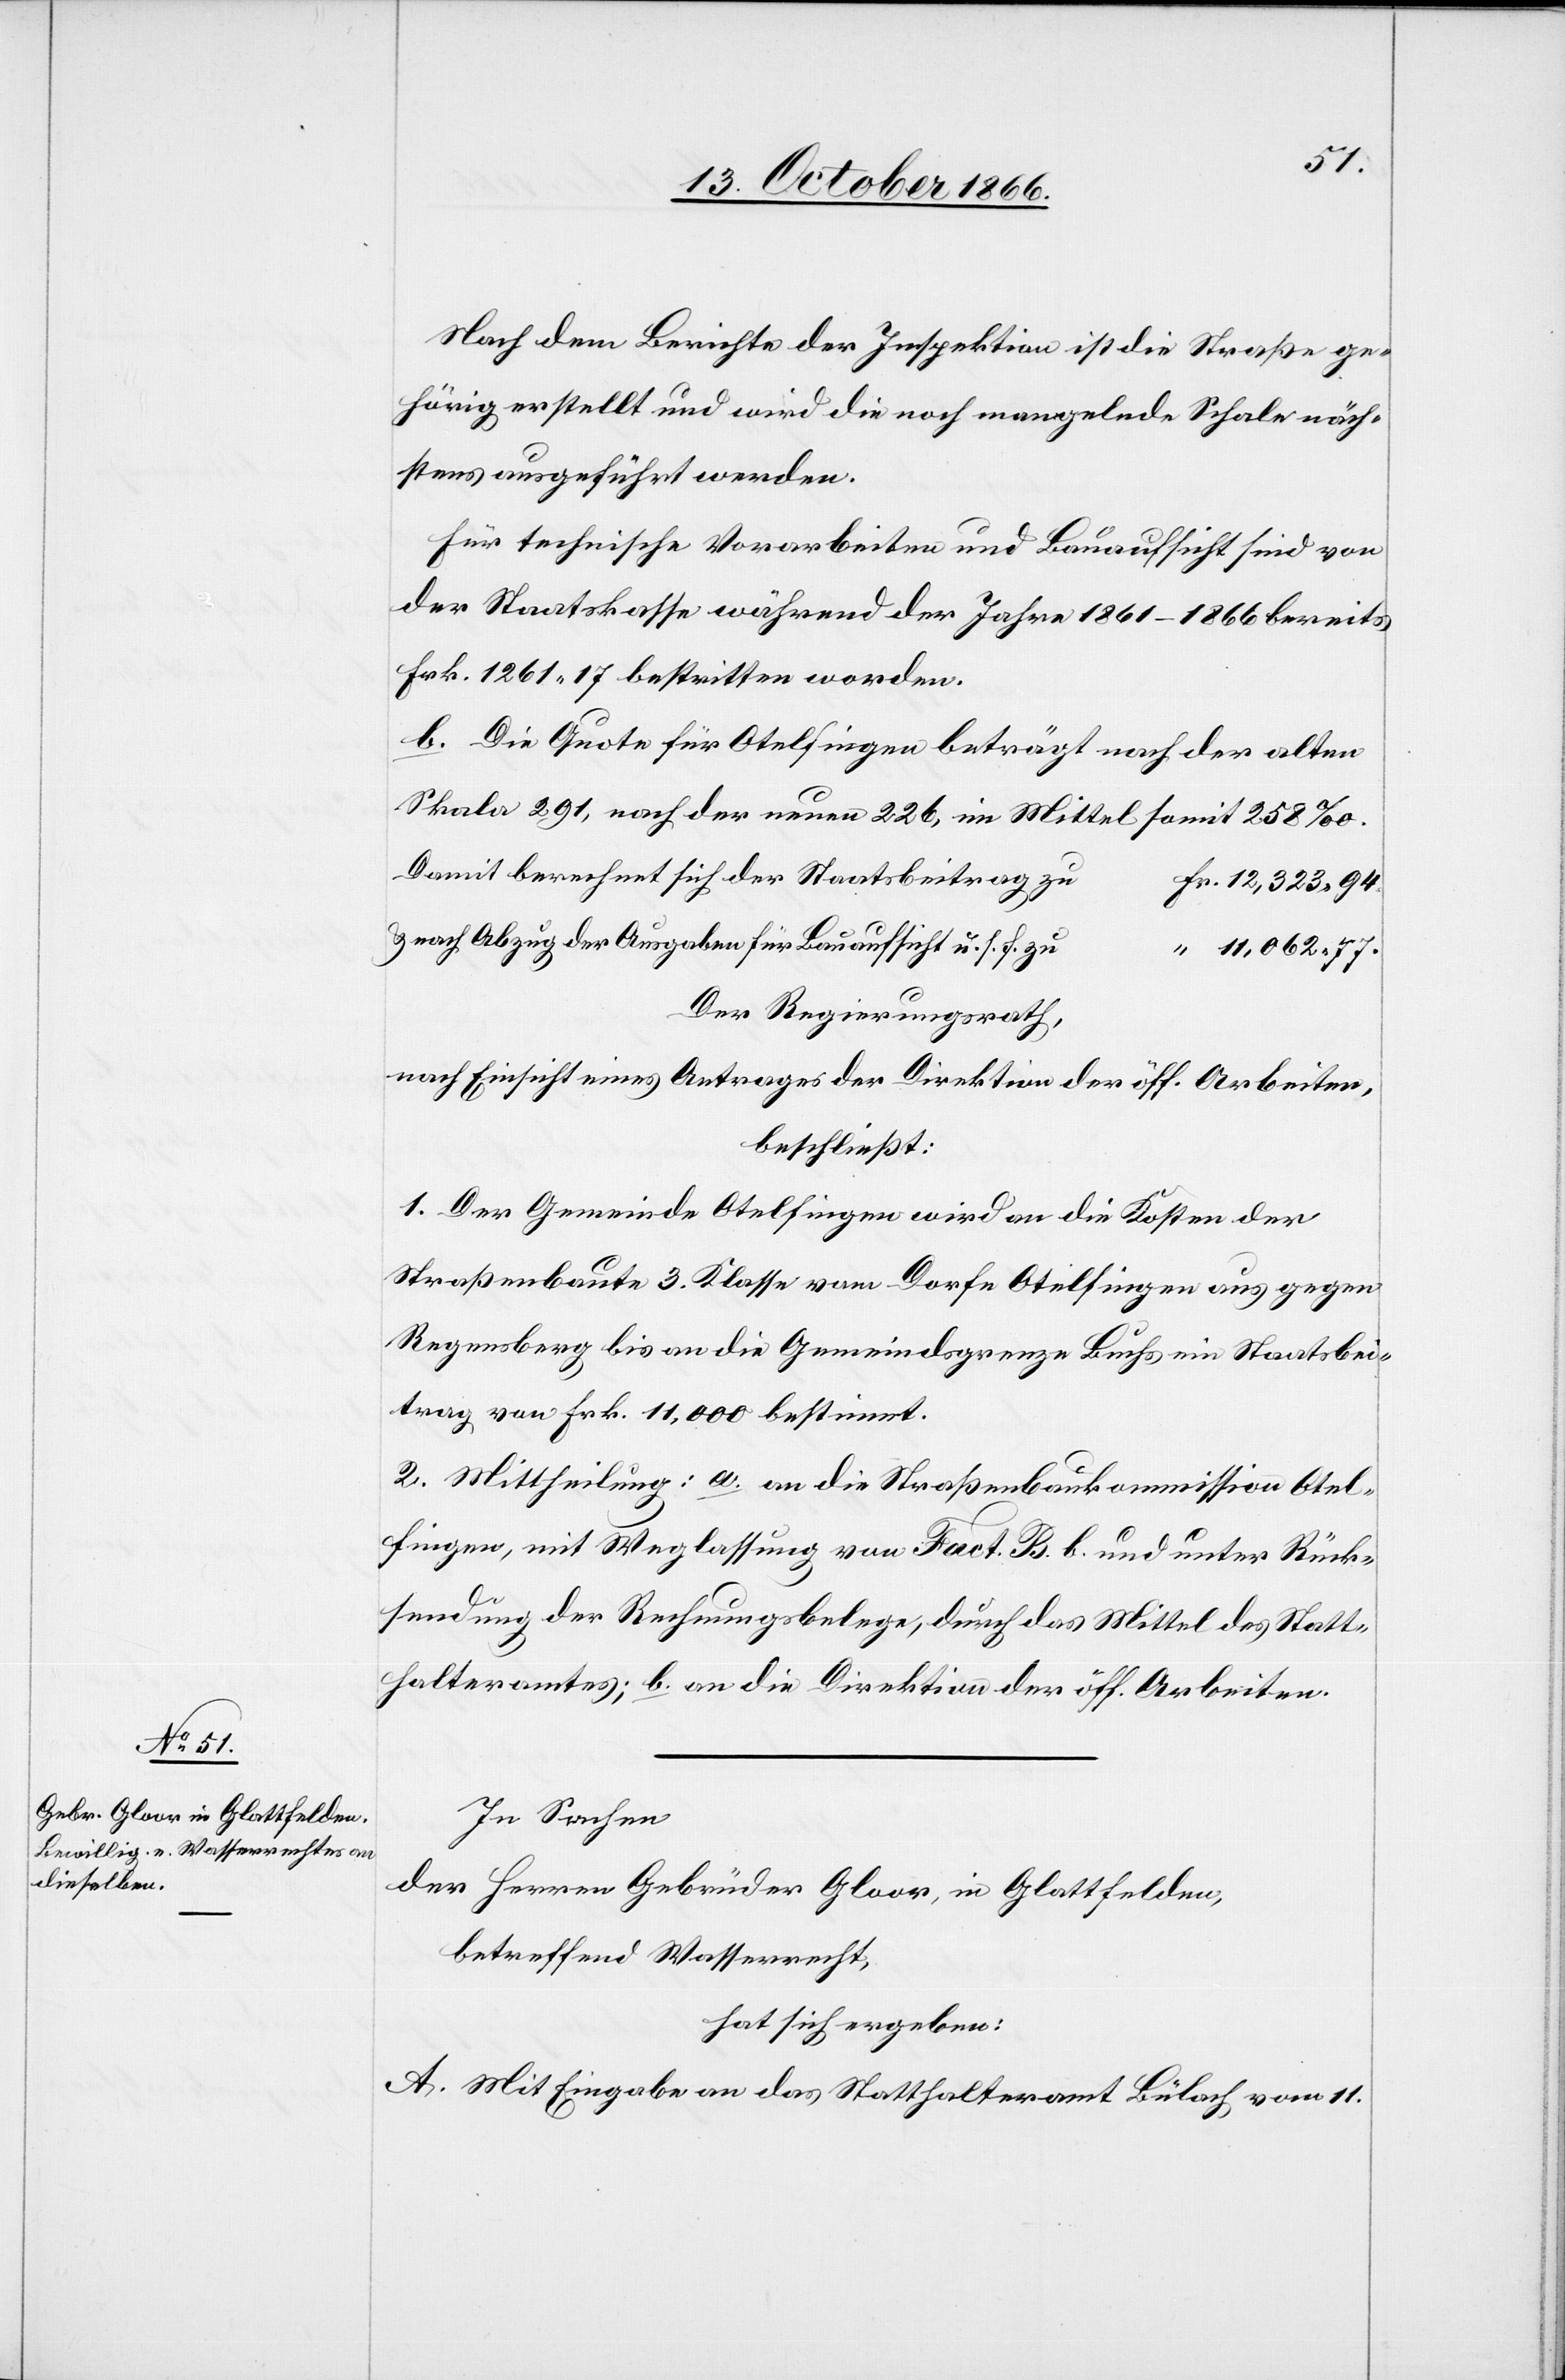
Nach dem Berichte der Inspektion ist die Straße ge¬
hörig erstellt und wird die noch mangelnde Schale näch¬
stens ausgeführt werden.
Für technische Vorarbeiten und Bauaufsicht sind von
der Staatskasse während der Jahre 1861–1866 bereits
Frk. 1261.17 bestritten worden.
b. Die Quote für Otelfingen beträgt nach der alten
Skala 291, nach der neuen 226, im Mittel somit 258‰.
Damit berechnet sich der Staatsbeitrag zu
& nach Abzug der Ausgaben für Bauaufsicht u. s. f. zu
11 062.77.
Der Regierungsrath,
nach Einsicht eines Antrages der Direktion der öff. Arbeiten,
beschließt:
1. Der Gemeinde Otelfingen wird an die Kosten der
Straßenbaute 3. Klasse vom Dorfe Otelfingen aus gegen
Regensberg bis an die Gemeindsgrenze Buchs ein Staatsbei¬
trag von Frk. 11 000 bestimmt.
2. Mittheilung: a. an die Straßenbaukommission Otel¬
fingen, mit Weglassung von Fact. B.b. und unter Rück¬
sendung der Rechnungsbelege, durch das Mittel des Statt¬
halteramtes; b. an die Direktion der öff. Arbeiten.
In Sachen
der Herren Gebrüder Gloor, in Glattfelden,
betreffend Wasserrecht,
hat sich ergeben:
A. Mit Eingabe an das Statthalteramt Bülach, vom 11.